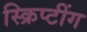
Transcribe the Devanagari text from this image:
स्क्रिप्टींग